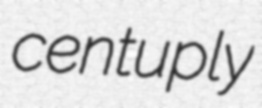
centuply